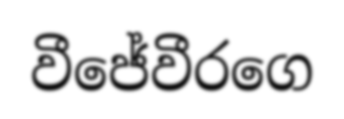
වීජේවීරගෙ